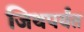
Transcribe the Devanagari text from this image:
जिथपर्यंत